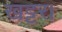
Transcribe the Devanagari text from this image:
खट्टर।